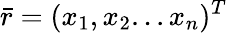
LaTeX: {\bar{r}}=(x_{1},x_{2}...x_{n})^{T}